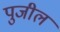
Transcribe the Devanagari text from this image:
पुजील